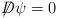
LaTeX: \begin{align*}\displaystyle{\not}D\psi=0\end{align*}